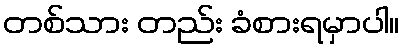
တစ်သား တည်း ခံစားရမှာပါ။